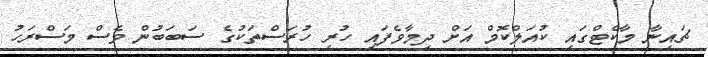
ޗައިނާ މާކެޓްގައި ކުއަލްކޮމް އަށް ދިމާވެފައި ހުރި ހުރަސްތަކުގެ ސަބަބުން ވެސް މަސްރަހު